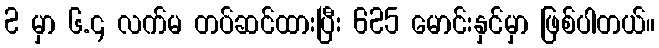
2 မှာ ၆.၄ လက်မ တပ်ဆင်ထားပြီး 625 မောင်းနှင်မှာ ဖြစ်ပါတယ်။